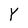
Character: Y